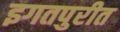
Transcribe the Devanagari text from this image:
इगतपुरीत